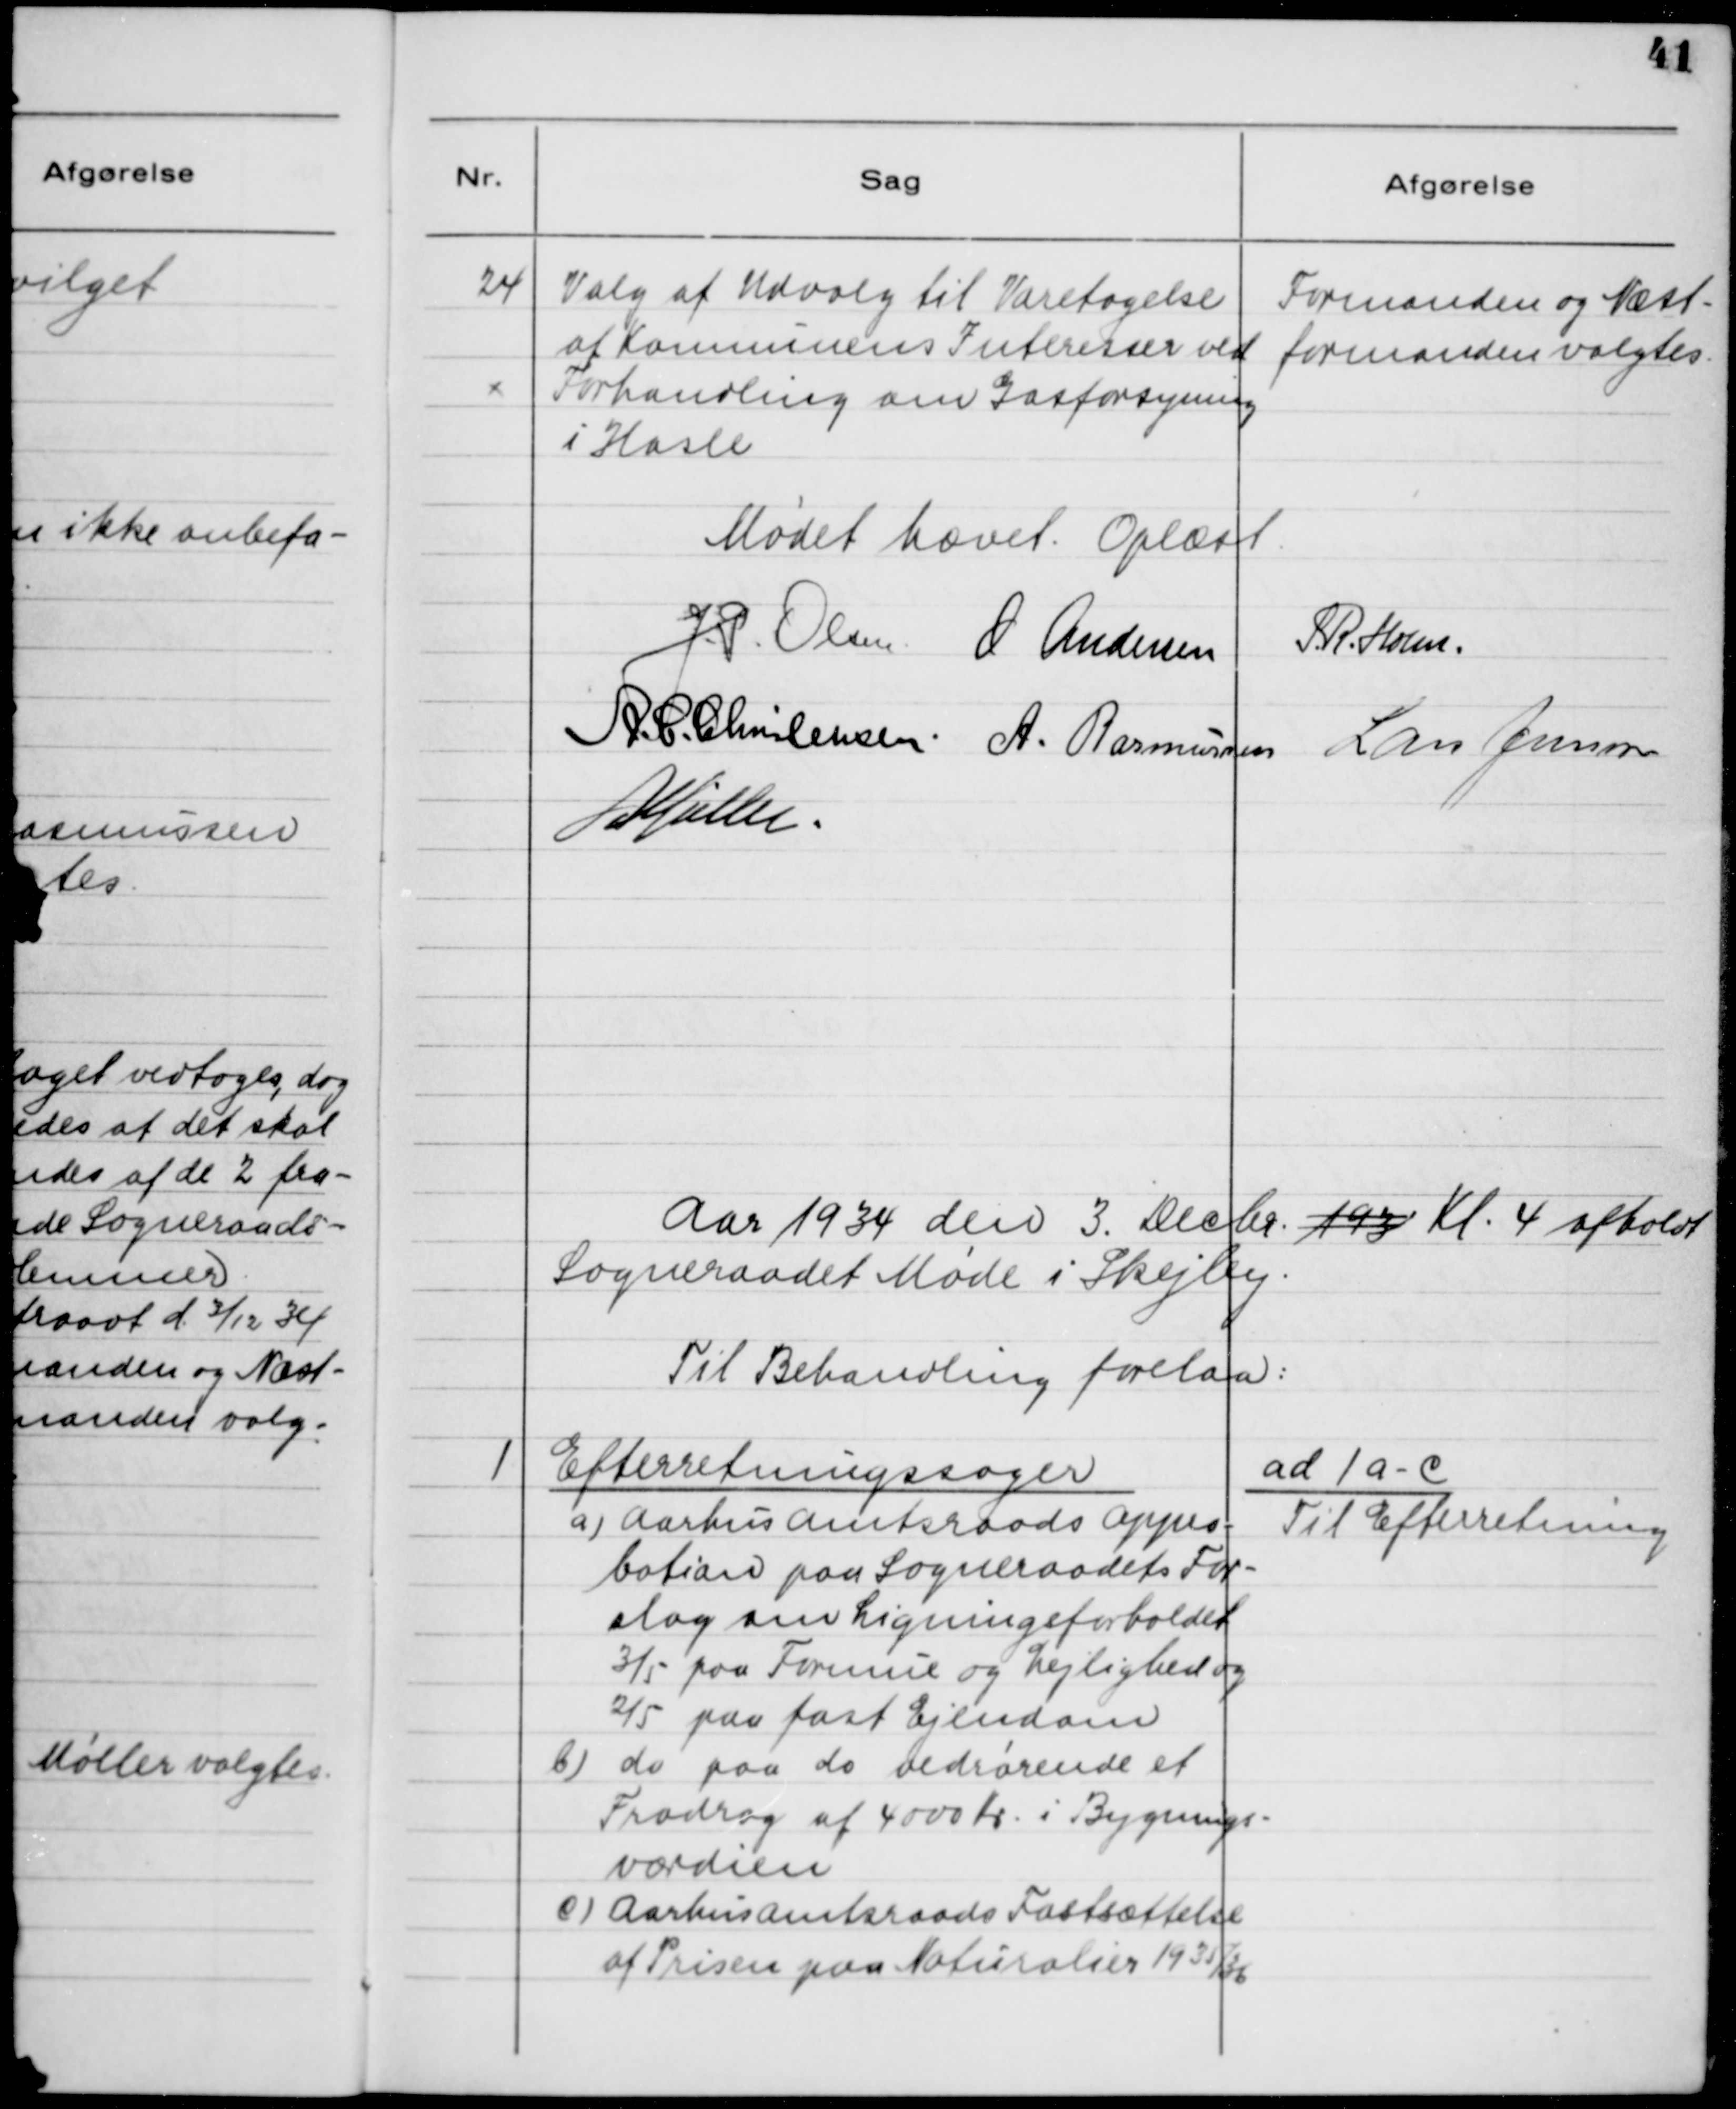
Transskription:
24

Valg af Udvalg til Varetagelse
af Kommunens Interesser ved
Forhandling om Gasforsyning
i Hasle.

Formanden og Næst-
formanden valgtes

Mødet hævet. Oplæst

Aar 1934 den 3. Decbr. 193 Kl. 4 afholdt
Sogneraadet Møde i Skejby.
Til Behandling forelaa:

1

Efterretningssager
a) Aarhus Amtsraads Appro-
bation paa Sogneraadets For-
slag om Ligningsforholdet
3/5 paa Formue og Lejlighed og
2/5 paa fast Ejendom
b) do. paa vedrørende et
Fradrag af 4000 Kr. i Bygnings-
værdien
c) Aarhus Amtsraads Fastsættelse
af Prisen paa Naturalier 1935/36

ad 1 a-c
Til Efterretning